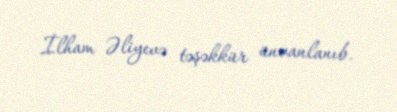
İlham Əliyevə təşəkkür ünvanlanıb.